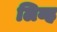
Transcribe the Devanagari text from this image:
लिव्ह